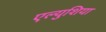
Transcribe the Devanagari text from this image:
एल्युशिया